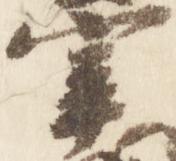
宰